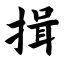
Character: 揖